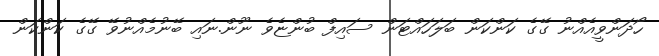
ހޯދަންވީއެއްނު ގޭގެ ކަންކަން ބަލަހައްޓަން ސައިފް ބުންޏެވެ ނޫން.ނައި ބޭނުމެއްނުވޭ ގޭގެ ކަންކަން